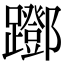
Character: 䠬